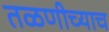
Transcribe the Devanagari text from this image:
तळणीच्याच